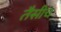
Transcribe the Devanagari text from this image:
तैसीच